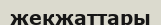
жекжаттары